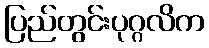
ပြည်တွင်းပုဂ္ဂလိက